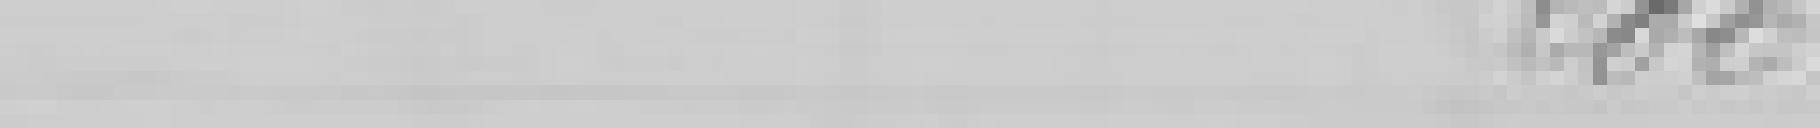
200